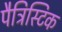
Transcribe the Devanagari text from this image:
पैट्रिस्टिक